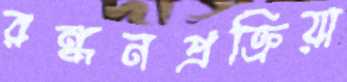
রন্ধনপ্রক্রিয়া